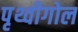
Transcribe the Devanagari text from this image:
पृथ्वीगोल